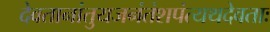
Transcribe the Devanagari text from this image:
देवतानांतुयजनंतंशपंत्यथदेवताः